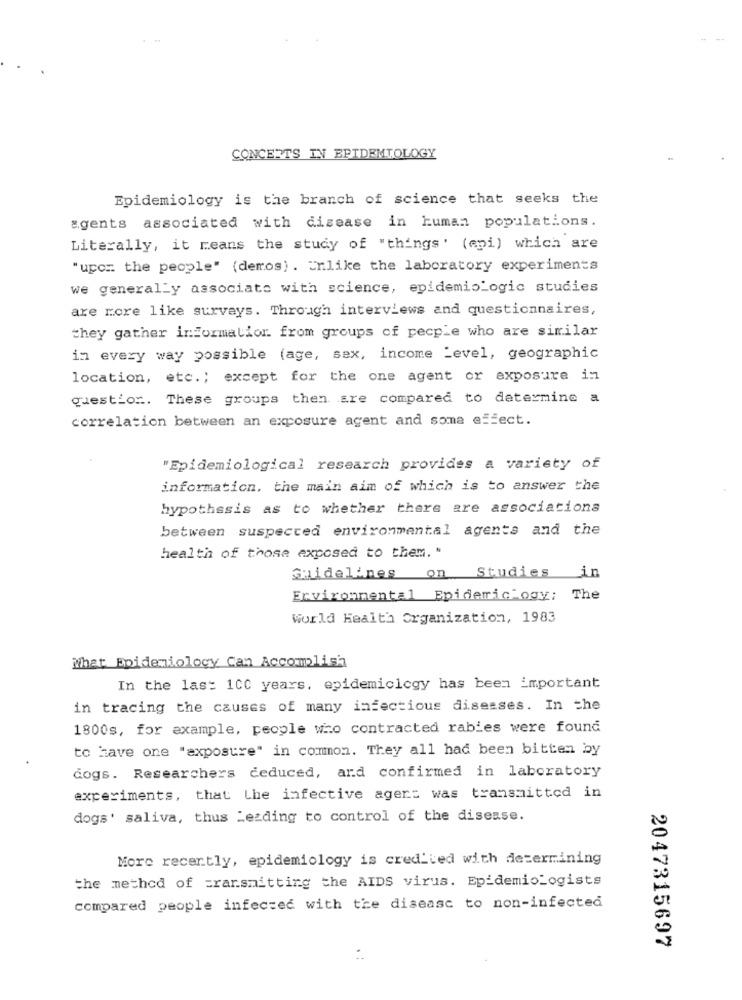
CONCERTS IN EPIDEMIOLOGY
Epidemiology is the branch of science that seeks the
agents associated with disease in human populations.
Literally, it means the study of "things' (cpi) which are
"upor: the people" (demos). Unlike the laboratory experiments
we generally associate with science, epidemiologic studies
are more like survays. Through interviews and questionnaires,
they gather informalior. from groups of pecple who are similar
in every way possible (age, sex, income Level, geographic
location, etc .; except for the one agent or exposure im
question. These groups then are compared to determine a
correlation between an exposure agent and soma effect.
"Epidemiological research provides a variety of
information. the main aim of which is to answer the
hypothesis as to whether there are associations
between suspected environmental agents and the
health of those exposed to them. "
Guidelines on Studies in
Environmental Epidemic ogy: The
world Health Organization, 1983
What Epidemiology Can Accomplish
In the last 100 years, epidemiology has been important
in tracing the causes of many infectious diseases. In the
1800s, for example, people who contracted rabies were found
to have one "exposure" in common. They all had been bitten by
dogs. Researchers ceduced, and confirmed in laboratory
experiments, that Lhe infective agent was transmitted in
dogs' saliva, thus Leading to control of the disease.
More recently, epidemiology is credited with determining
the method of transmitting the AIDS virus. EpidemioLogists
compared people infected with the disease to non-infected
2047315697